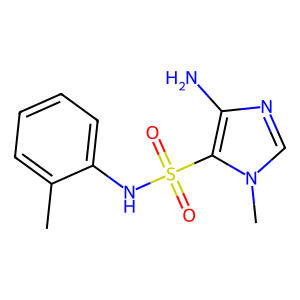
SMILES: Cc1ccccc1NS(=O)(=O)c1c(N)ncn1C
Inhibits HIV replication: No